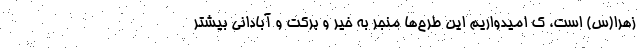
زهرا(س) است، ک امیدواریم این طرح‌ها منجر به خیر و برکت و آبادانی بیشتر